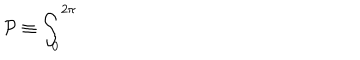
LaTeX: { \cal P } \equiv \int _ { 0 } ^ { 2 \pi }